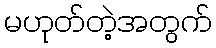
မဟုတ်တဲ့အတွက်